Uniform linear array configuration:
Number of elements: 24
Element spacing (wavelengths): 0.5
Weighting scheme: blackman
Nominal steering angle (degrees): -45
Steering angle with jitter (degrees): -44.229
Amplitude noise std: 0.05
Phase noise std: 0.05

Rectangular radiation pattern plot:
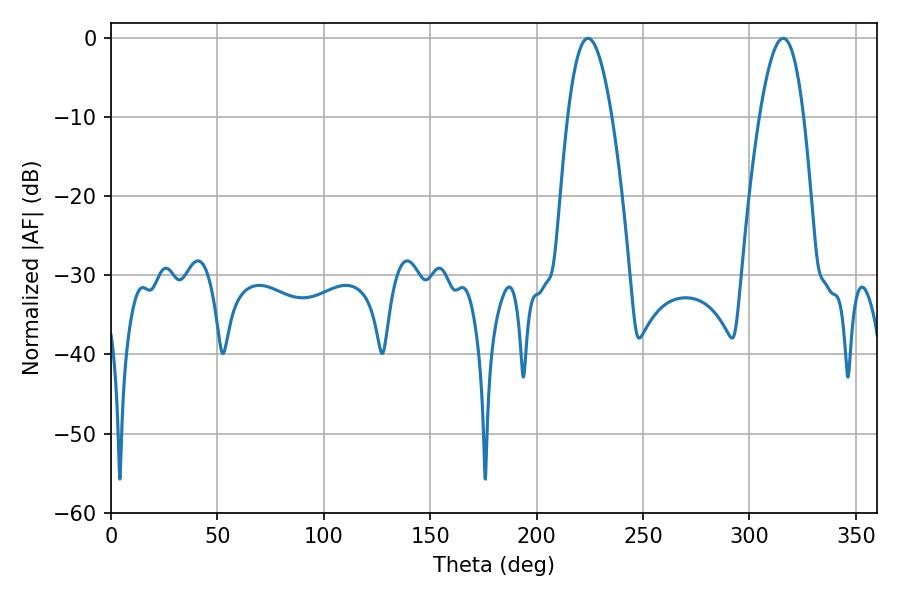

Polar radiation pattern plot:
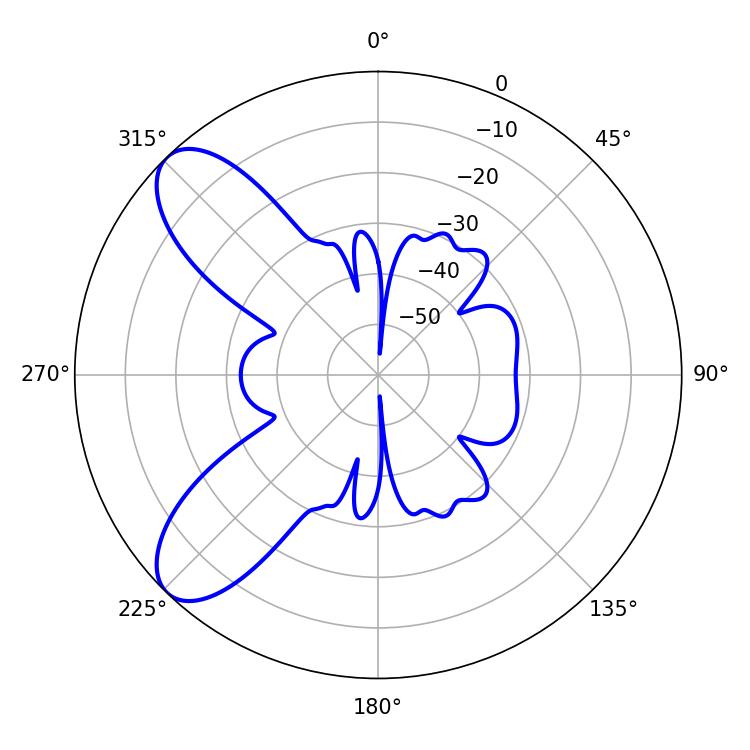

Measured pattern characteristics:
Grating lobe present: FALSE
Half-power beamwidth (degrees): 11.34
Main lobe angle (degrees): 224.1